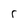
Character: r